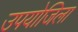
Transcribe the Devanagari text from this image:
उपयोजिला